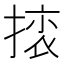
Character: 𢰜